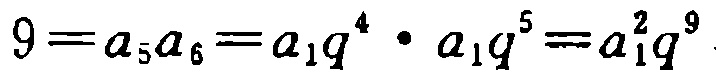
\(9 = a_{5}a_{6}=a_{1}q^{4}\cdot a_{1}q^{5}=a_{1}^{2}q^{9}\)